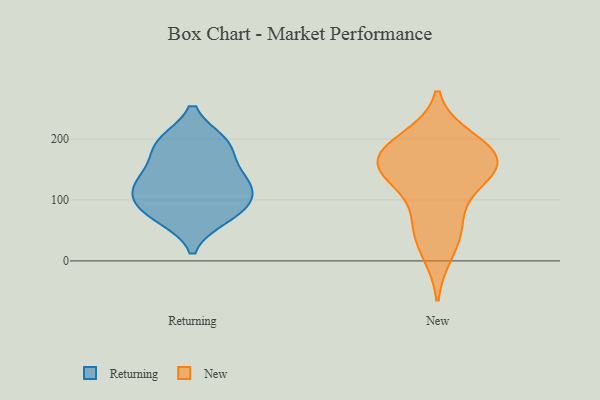
{"axis": {"x": "Production Output", "y": "Value"}, "legend": ["New", "Returning"], "data": [{"x": "", "y": 192, "type": "Returning"}, {"x": "", "y": 72, "type": "Returning"}, {"x": "", "y": 87, "type": "Returning"}, {"x": "", "y": 77, "type": "Returning"}, {"x": "", "y": 134, "type": "Returning"}, {"x": "", "y": 190, "type": "Returning"}, {"x": "", "y": 128, "type": "Returning"}, {"x": "", "y": 146, "type": "Returning"}, {"x": "", "y": 105, "type": "Returning"}, {"x": "", "y": 113, "type": "Returning"}, {"x": "", "y": 194, "type": "Returning"}, {"x": "", "y": 172, "type": "New"}, {"x": "", "y": 154, "type": "New"}, {"x": "", "y": 136, "type": "New"}, {"x": "", "y": 14, "type": "New"}, {"x": "", "y": 185, "type": "New"}, {"x": "", "y": 142, "type": "New"}, {"x": "", "y": 179, "type": "New"}, {"x": "", "y": 199, "type": "New"}, {"x": "", "y": 64, "type": "New"}, {"x": "", "y": 57, "type": "New"}, {"x": "", "y": 147, "type": "New"}]}